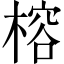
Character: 榕